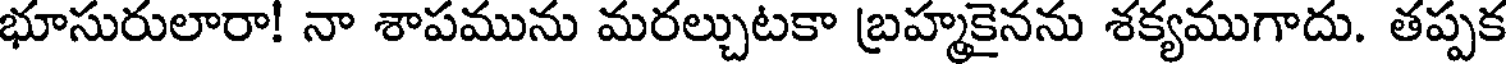
భూసురులారా! నా శాపమును మరల్చుటకా బ్రహ్మకైనను శక్యముగాదు. తప్పక